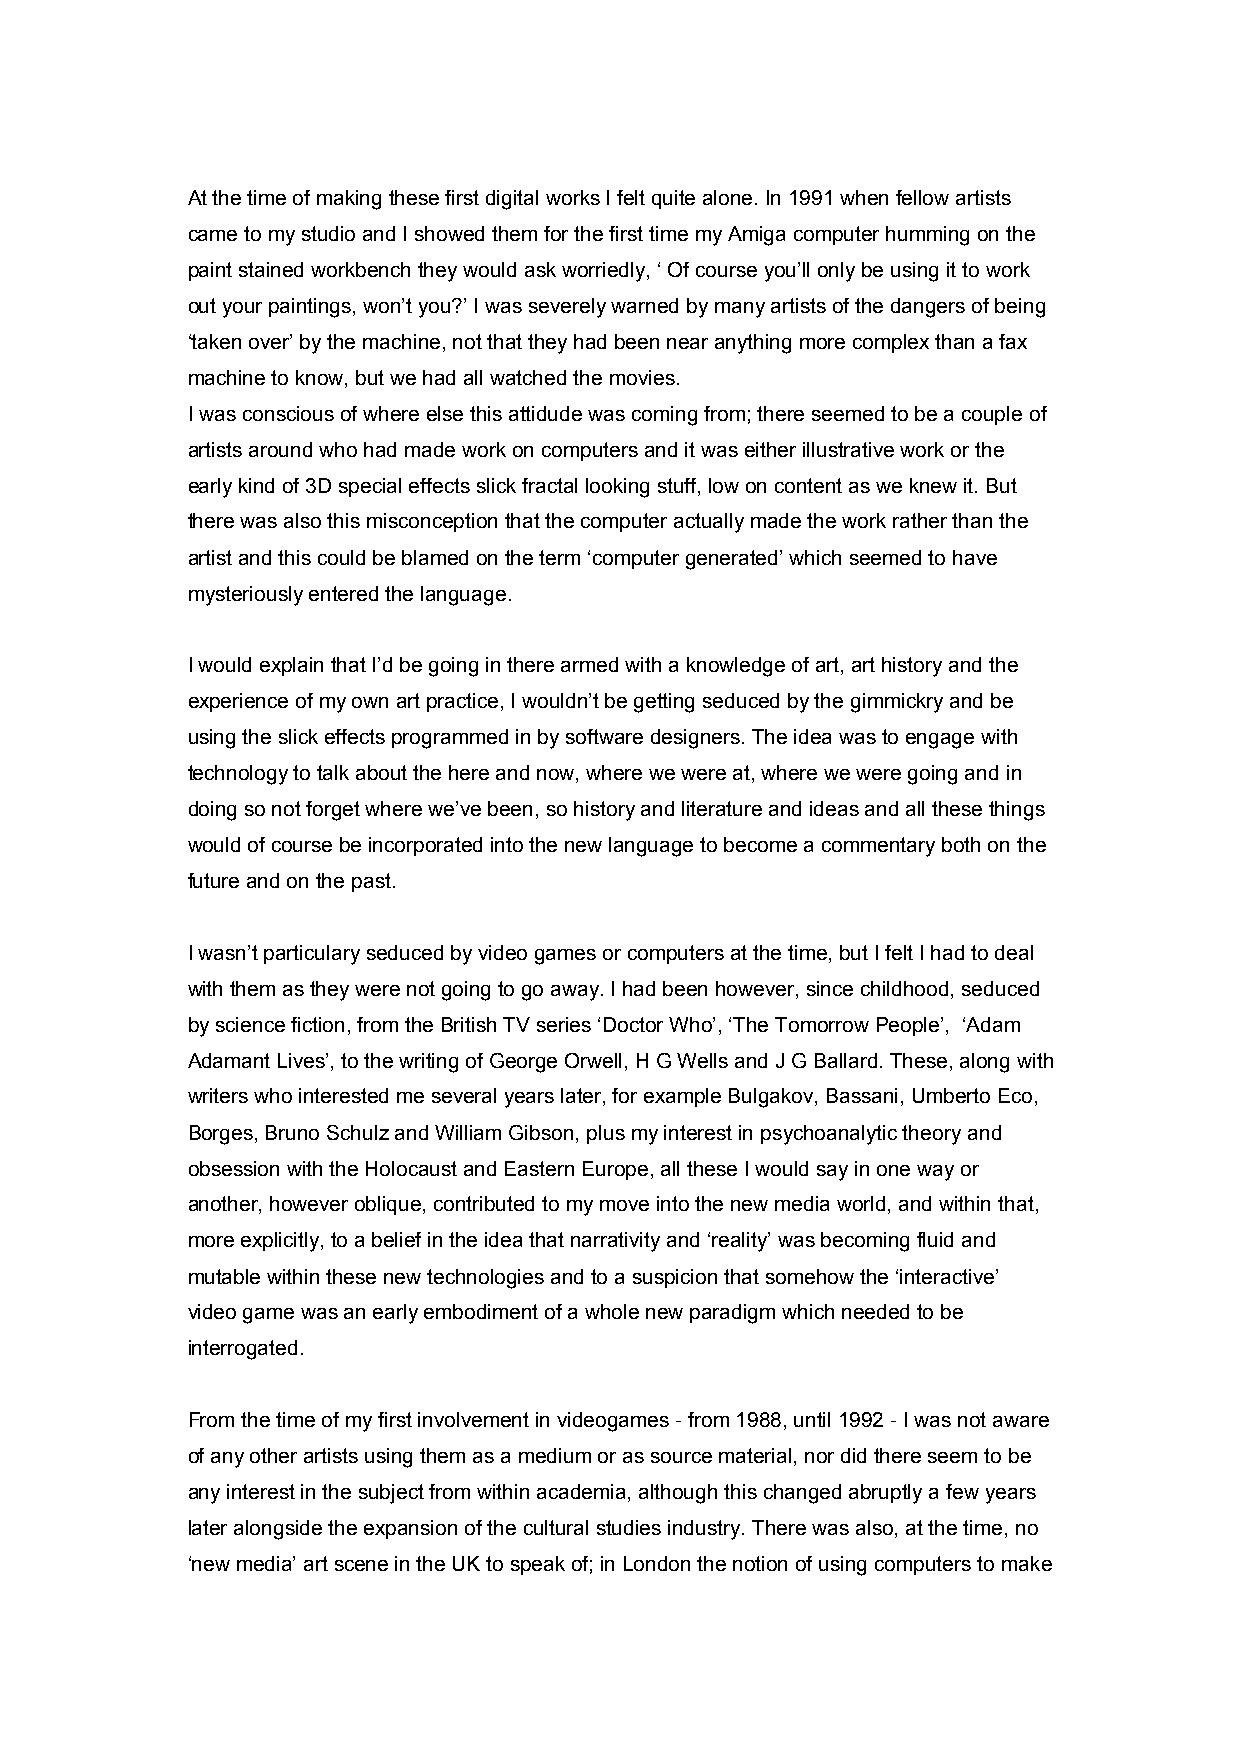
At the time of making these first digital works I felt quite alone. In 1991 when fellow artists
 came to my studio and I showed them for the first time my Amiga computer humming on the
 paint stained workbench they would ask worriedly, ‘ Of course you’ll only be using it to work
 out your paintings, won’t you?’ I was severely warned by many artists of the dangers of being
 ‘taken over’ by the machine, not that they had been near anything more complex than a fax
 machine to know, but we had all watched the movies.
 I was conscious of where else this attidude was coming from; there seemed to be a couple of
 artists around who had made work on computers and it was either illustrative work or the
 early kind of 3D special effects slick fractal looking stuff, low on content as we knew it. But
 there was also this misconception that the computer actually made the work rather than the
 artist and this could be blamed on the term ‘computer generated’ which seemed to have
 mysteriously entered the language.
 I would explain that I’d be going in there armed with a knowledge of art, art history and the
 experience of my own art practice, I wouldn’t be getting seduced by the gimmickry and be
 using the slick effects programmed in by software designers. The idea was to engage with
 technology to talk about the here and now, where we were at, where we were going and in
 doing so not forget where we’ve been, so history and literature and ideas and all these things
 would of course be incorporated into the new language to become a commentary both on the
 future and on the past.
 I wasn’t particulary seduced by video games or computers at the time, but I felt I had to deal
 with them as they were not going to go away. I had been however, since childhood, seduced
 by science fiction, from the British TV series ‘Doctor Who’, ‘The Tomorrow People’, ‘Adam
 Adamant Lives’, to the writing of George Orwell, H G Wells and J G Ballard. These, along with
 writers who interested me several years later, for example Bulgakov, Bassani, Umberto Eco,
 Borges, Bruno Schulz and William Gibson, plus my interest in psychoanalytic theory and
 obsession with the Holocaust and Eastern Europe, all these I would say in one way or
 another, however oblique, contributed to my move into the new media world, and within that,
 more explicitly, to a belief in the idea that narrativity and ‘reality’ was becoming fluid and
 mutable within these new technologies and to a suspicion that somehow the ‘interactive’
 video game was an early embodiment of a whole new paradigm which needed to be
 interrogated.
 From the time of my first involvement in videogames - from 1988, until 1992 - I was not aware
 of any other artists using them as a medium or as source material, nor did there seem to be
 any interest in the subject from within academia, although this changed abruptly a few years
 later alongside the expansion of the cultural studies industry. There was also, at the time, no
 ‘new media’ art scene in the UK to speak of; in London the notion of using computers to make